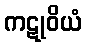
ကဋုဝိယံ